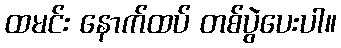
ထမင်း နောက်ထပ် တစ်ပွဲပေးပါ။